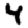
Digit: 4